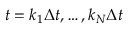
t = k _ { 1 } \Delta t , \ldots , k _ { N } \Delta t